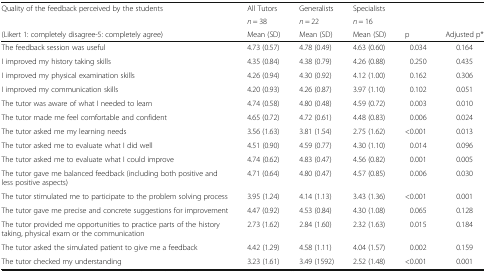
<table><thead><tr><td rowspan="2"><b>Quality of the feedback perceived by the students</b></td><td><b>All Tutors</b></td><td><b>Generalists</b></td><td><b>Specialists</b></td><td></td><td></td></tr><tr><td><b><i>n</i> = 38</b></td><td><b><i>n</i> = 22</b></td><td><b><i>n</i> = 16</b></td><td></td><td></td></tr><tr><td><b>(Likert 1: completely disagree-5: completely agree)</b></td><td><b>Mean (SD)</b></td><td><b>Mean (SD)</b></td><td><b>Mean (SD)</b></td><td><b>p</b></td><td><b>Adjusted p*</b></td></tr></thead><tbody><tr><td>The feedback session was useful</td><td>4.73 (0.57)</td><td>4.78 (0.49)</td><td>4.63 (0.60)</td><td>0.034</td><td>0.164</td></tr><tr><td>I improved my history taking skills</td><td>4.35 (0.84)</td><td>4.38 (0.79)</td><td>4.26 (0.88)</td><td>0.250</td><td>0.435</td></tr><tr><td>I improved my physical examination skills</td><td>4.26 (0.94)</td><td>4.30 (0.92)</td><td>4.12 (1.00)</td><td>0.162</td><td>0.306</td></tr><tr><td>I improved my communication skills</td><td>4.20 (0.93)</td><td>4.26 (0.87)</td><td>3.97 (1.10)</td><td>0.102</td><td>0.051</td></tr><tr><td>The tutor was aware of what I needed to learn</td><td>4.74 (0.58)</td><td>4.80 (0.48)</td><td>4.59 (0.72)</td><td>0.003</td><td>0.010</td></tr><tr><td>The tutor made me feel comfortable and confident</td><td>4.65 (0.72)</td><td>4.72 (0.61)</td><td>4.48 (0.83)</td><td>0.006</td><td>0.024</td></tr><tr><td>The tutor asked me my learning needs</td><td>3.56 (1.63)</td><td>3.81 (1.54)</td><td>2.75 (1.62)</td><td>&lt;0.001</td><td>0.013</td></tr><tr><td>The tutor asked me to evaluate what I did well</td><td>4.51 (0.90)</td><td>4.59 (0.77)</td><td>4.30 (1.10)</td><td>0.014</td><td>0.096</td></tr><tr><td>The tutor asked me to evaluate what I could improve</td><td>4.74 (0.62)</td><td>4.83 (0.47)</td><td>4.56 (0.82)</td><td>0.001</td><td>0.005</td></tr><tr><td>The tutor gave me balanced feedback (including both positive and less positive aspects)</td><td>4.71 (0.64)</td><td>4.80 (0.47)</td><td>4.57 (0.85)</td><td>0.006</td><td>0.030</td></tr><tr><td>The tutor stimulated me to participate to the problem solving process</td><td>3.95 (1.24)</td><td>4.14 (1.13)</td><td>3.43 (1.36)</td><td>&lt;0.001</td><td>0.001</td></tr><tr><td>The tutor gave me precise and concrete suggestions for improvement</td><td>4.47 (0.92)</td><td>4.53 (0.84)</td><td>4.30 (1.08)</td><td>0.065</td><td>0.128</td></tr><tr><td>The tutor provided me opportunities to practice parts of the history taking, physical exam or the communication</td><td>2.73 (1.62)</td><td>2.84 (1.60)</td><td>2.32 (1.63)</td><td>0.015</td><td>0.184</td></tr><tr><td>The tutor asked the simulated patient to give me a feedback</td><td>4.42 (1.29)</td><td>4.58 (1.11)</td><td>4.04 (1.57)</td><td>0.002</td><td>0.159</td></tr><tr><td>The tutor checked my understanding</td><td>3.23 (1.61)</td><td>3.49 (1592)</td><td>2.52 (1.48)</td><td>&lt;0.001</td><td>0.001</td></tr></tbody></table>